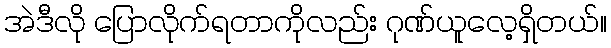
အဲဒီလို ပြောလိုက်ရတာကိုလည်း ဂုဏ်ယူလေ့ရှိတယ်။